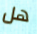
هل